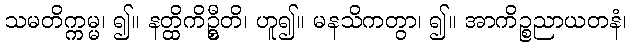
သမတိက္ကမ္မ၊ ၍။ နတ္ထိကိဦ္စတိ၊ ဟူ၍။ မနသိကတွာ၊ ၍။ အာကိဉ္စညာယတနံ၊